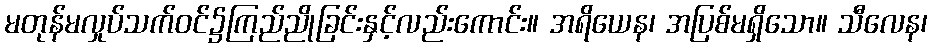
မတုန်မလှုပ်သက်ဝင်၌ကြည်ညိုခြင်းနှင့်လည်းကောင်း။ အရိယေန၊ အပြစ်မရှိသော။ သီလေန၊